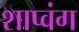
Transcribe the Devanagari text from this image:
शाप्वंग